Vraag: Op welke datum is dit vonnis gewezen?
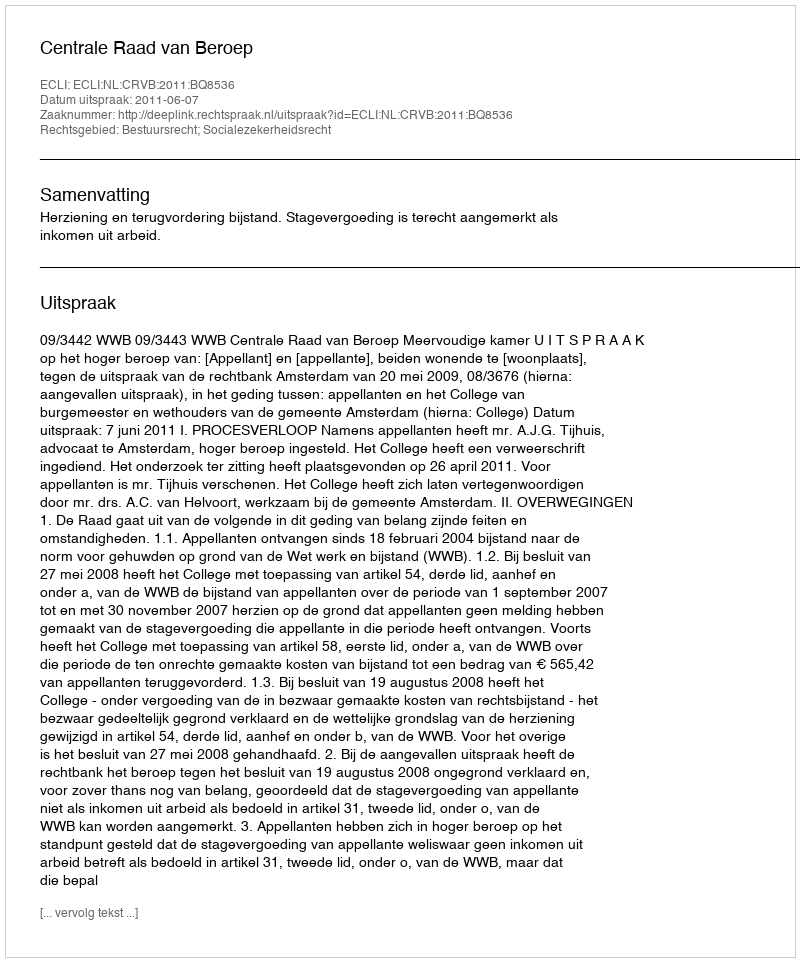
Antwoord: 2011-06-07